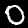
Label: 0